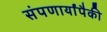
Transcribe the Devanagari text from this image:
संपणार्यांपैकी